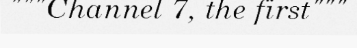
"""Channel 7, the first"""